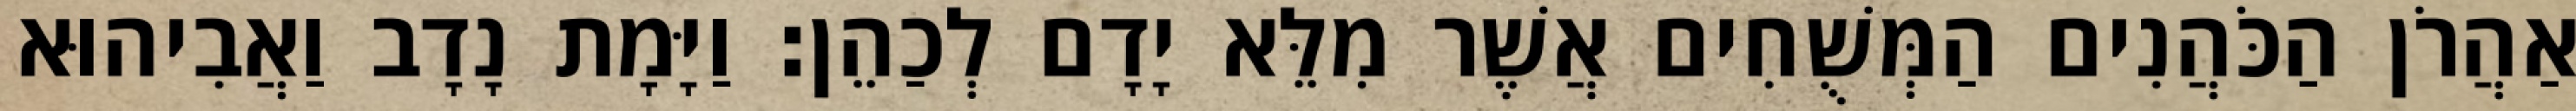
אַהֲרֹן הַכֹּהֲנִים הַמְּשֻׁחִים אֲשֶׁר מִלֵּא יָדָם לְכַהֵן׃ וַיָּמָת נָדָב וַאֲבִיהוּא